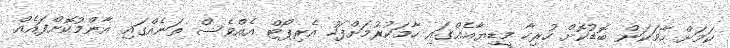
ކަމަށް ހާމަކަން ބޮޑުކޮށް ހުރިހާ މީޑިޔާއެއްގައި ހާމަކުރުމަށްފަހު އެރިޕޯޓް އެއްވެސް ތަނެއްގައި އާންމުކޮށްފައެއް